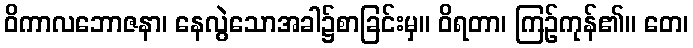
ဝိကာလဘောဇနာ၊ နေလွဲသောအခါ၌စာခြင်းမှ။ ဝိရတာ၊ ကြဉ်ကုန်၏။ တေ၊